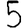
Digit: 5